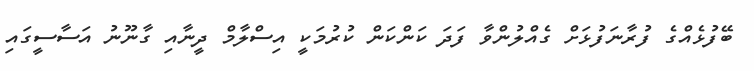
ބޭފުޅެއްގެ ފުރާނަފުޅަށް ގެއްލުންވާ ފަދަ ކަންކަން ކުރުމަކީ އިސްލާމް ދީނާއި ގާނޫނު އަސާސީގައި